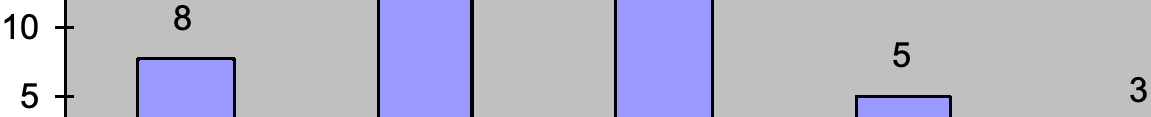
10   8 5 5                                    3